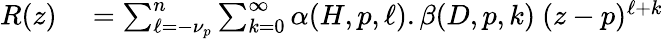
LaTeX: \begin{array}{r}{\begin{array}{rl}{R(z)}&{{}=\sum_{\ell=-\nu_{p}}^{n}\sum_{k=0}^{\infty}\alpha(H,p,\ell).\beta(D,p,k)~(z-p)^{\ell+k}}\end{array}}\end{array}